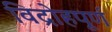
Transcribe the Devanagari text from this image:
विद्रोहपूर्ण